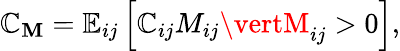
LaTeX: \mathbb{C}_{\mathbf{{M}}}=\mathbb{{E}}_{ij}\left[\mathbb{C}_{ij}M_{ij}\vertM_{ij}>0\right],